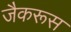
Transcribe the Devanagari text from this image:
जैकरूस